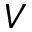
V